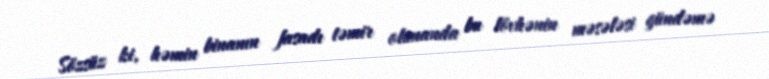
Sözsüz ki, həmin binanın fasadı təmir olunanda bu lövhənin məsələsi gündəmə